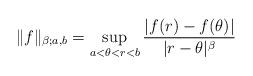
LaTeX: \begin{align*}\| f\| _{\beta;a,b }=\sup_{a< \theta <r< b}\frac{|f(r)-f(\theta )|}{|r-\theta |^{\beta }}\end{align*}